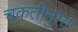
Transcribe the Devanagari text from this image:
चकतीनुमा